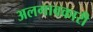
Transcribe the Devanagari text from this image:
अलगावकारी